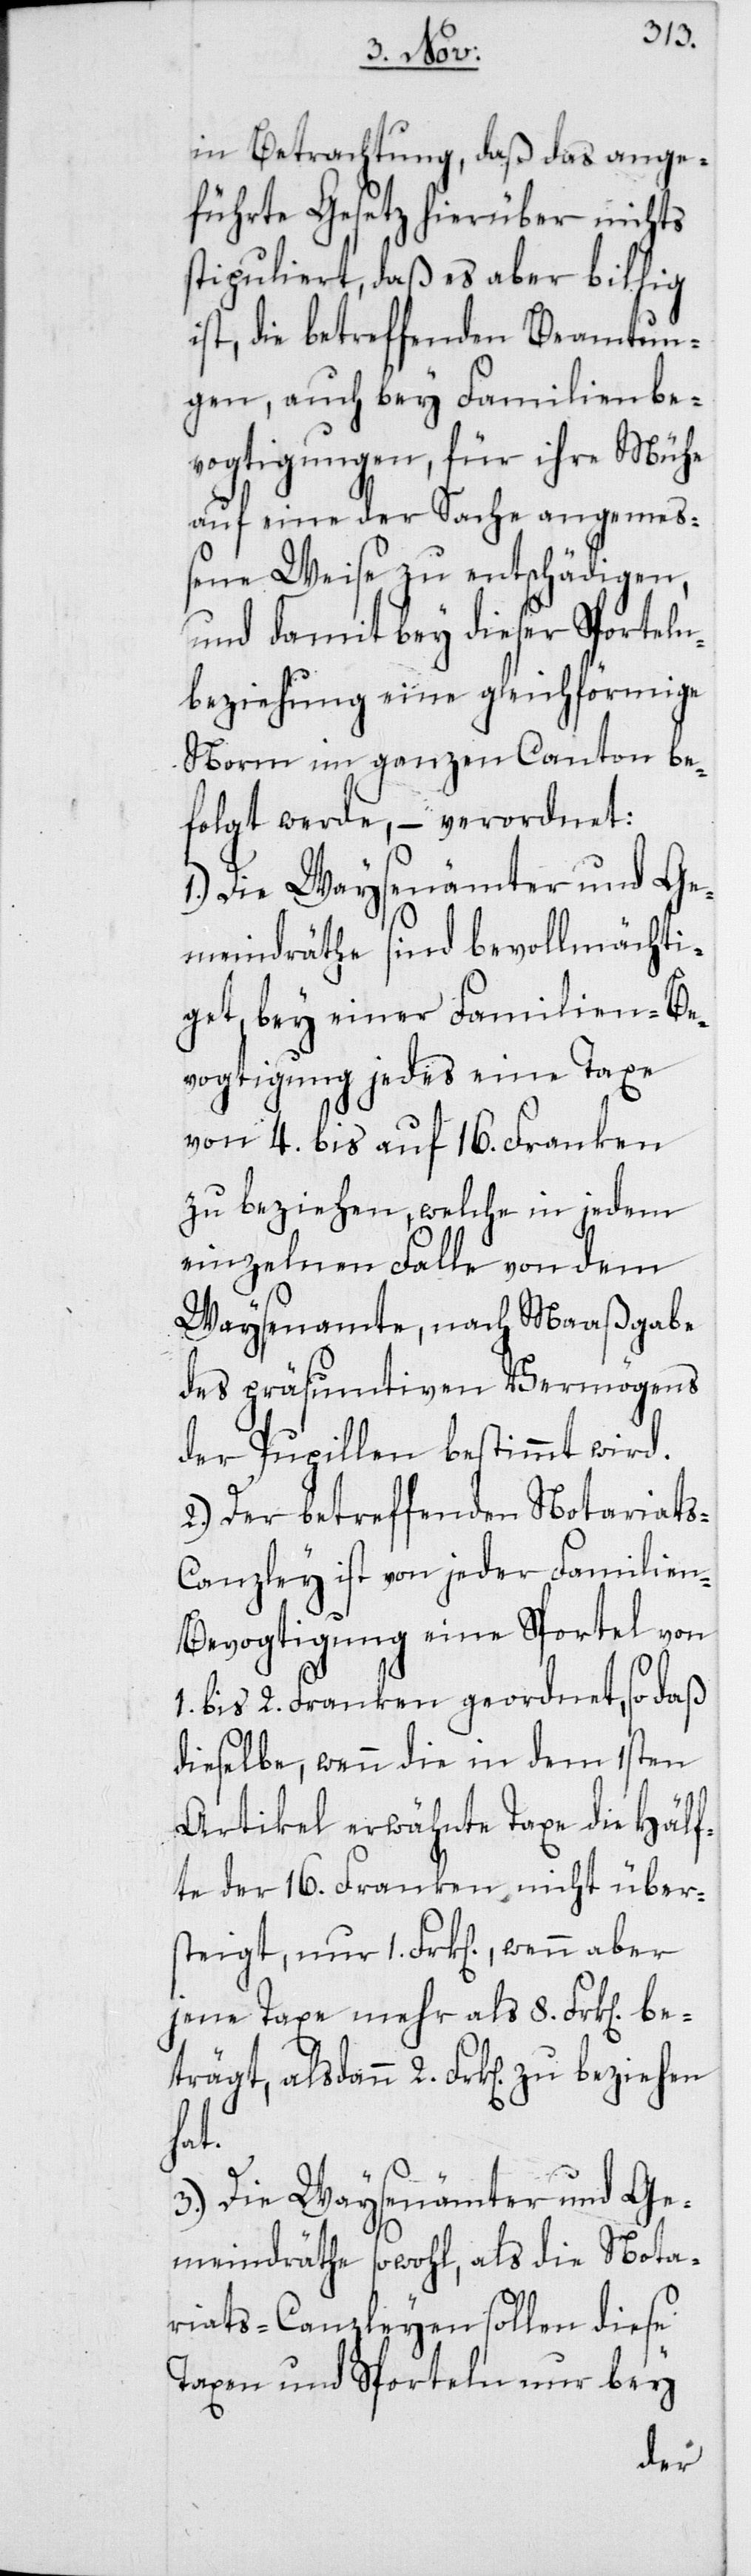
in Betrachtung, daß das ange¬
führte Gesetz hierüber nichts
stipuliert, daß es aber billig
ist, die betreffenden Beamtun¬
gen, auch bey Familienbe¬
vogtigungen, für ihre Mühe
auf eine der Sache angemeß¬
ene Weise zu entschädigen,
und damit bey dieser Sporteln¬
beziehung eine gleichförmige
Norm im ganzen Canton be¬
folgt werde, – verordnet:
1. Die Waysenämter und Ge¬
meindräthe sind bevollmächti¬
get, bey einer Familien-Be¬
vogtigung jedes eine Taxe
von 4. bis auf 16. Franken
zu beziehen, welche in jedem
einzelnen Falle von dem
Waysenamte, nach Maaßgabe
des präsumtiven Vermögens
der Pupillen bestimmt wird.
2. Der betreffenden Notariat¬
s-Canzley ist von jeder Familie¬
n-Bevogtigung eine Sportel von
1. bis 2. Franken geordnet, so daß
dieselbe, wenn die in dem 1sten
Artikel erwähnte Taxe die Hälf¬
te der 16. Franken nicht übers¬
teigt, nur 1. Frk[en], wenn aber
jene Taxe mehr ls 8. Frk[en] be¬
trägt, alsdann 2. Frk[en] zu bezi¬
hat.
3. Die Waysenämter und Ge¬
meindräthe sowohl, als die Nota¬
riats-Canzleyen sollen diese
Taxen und Sporteln nur bey